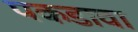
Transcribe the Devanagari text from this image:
पकडावा